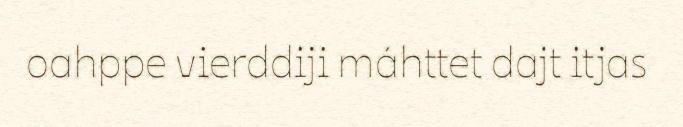
oahppe vierddiji máhttet dajt itjas